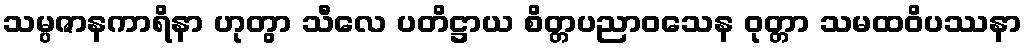
သမ္ပဇာနကာရိနာ ဟုတွာ သီလေ ပတိဋ္ဌာယ စိတ္တပညာဝသေန ဝုတ္တာ သမထဝိပဿနာ